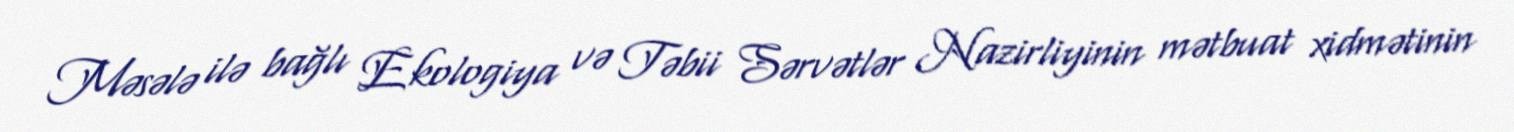
Məsələ ilə bağlı Ekologiya və Təbii Sərvətlər Nazirliyinin mətbuat xidmətinin